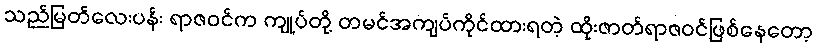
သည်မြတ်လေးပန်း ရာဇဝင်က ကျုပ်တို့ တမင်အကျပ်ကိုင်ထားရတဲ့ ထိုးဇာတ်ရာဇဝင်ဖြစ်နေတော့